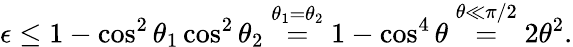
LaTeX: \epsilon\leq 1-\cos^{2}\theta_{1}\cos^{2}\theta_{2}\stackrel{\theta_{1}=\theta_{2}}{=}1-\cos^{4}\theta\stackrel{\theta\ll\pi/2}{=}2\theta^{2}.